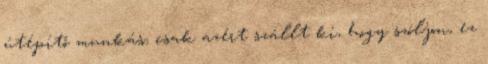
útépítő munkás, csak azért szállt ki, hogy szóljon, ez